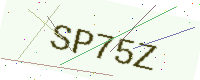
Text: SP75Z